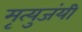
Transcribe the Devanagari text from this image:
मृत्युजंयी